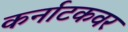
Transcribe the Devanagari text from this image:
कर्नाटकवर